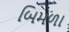
બિમળા